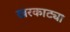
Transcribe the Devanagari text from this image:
खरकाट्या